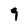
Character: 9